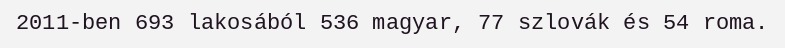
2011-ben 693 lakosából 536 magyar, 77 szlovák és 54 roma.